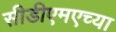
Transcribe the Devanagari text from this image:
सीडीएमएच्या